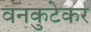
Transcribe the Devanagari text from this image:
वनकुटेकर